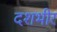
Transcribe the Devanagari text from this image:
दशभीर